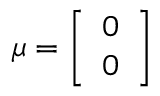
{ \boldsymbol { \mu } } = \left[ { \begin{array} { l } { 0 } \\ { 0 } \end{array} } \right]